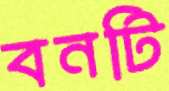
বনটি